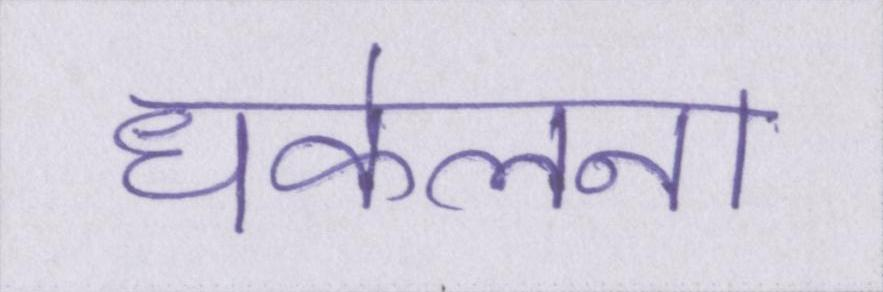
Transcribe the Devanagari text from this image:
धकेलना